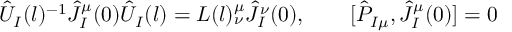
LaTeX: { \hat { U } } _ { I } ( l ) ^ { - 1 } { \hat { J } } _ { I } ^ { \mu } ( 0 ) { \hat { U } } _ { I } ( l ) = L ( l ) _ { \nu } ^ { \mu } { \hat { J } } _ { I } ^ { \nu } ( 0 ) , \qquad [ { \hat { P } } _ { I \mu } , { \hat { J } } _ { I } ^ { \mu } ( 0 ) ] = 0